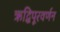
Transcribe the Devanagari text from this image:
ऋद्धिपूरवर्णन